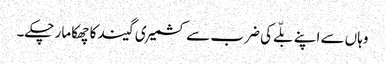
وہاں سے اپنے بلّے کی ضرب سے کشمیری گیند کا چھکا مار چکے۔